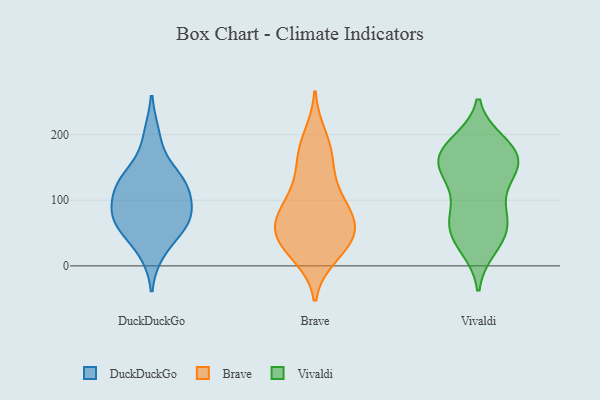
{"axis": {"x": "Bounce Rate (%)", "y": "Value"}, "legend": ["Brave", "DuckDuckGo", "Vivaldi"], "data": [{"x": "", "y": 134, "type": "DuckDuckGo"}, {"x": "", "y": 130, "type": "DuckDuckGo"}, {"x": "", "y": 92, "type": "DuckDuckGo"}, {"x": "", "y": 75, "type": "DuckDuckGo"}, {"x": "", "y": 64, "type": "DuckDuckGo"}, {"x": "", "y": 197, "type": "DuckDuckGo"}, {"x": "", "y": 127, "type": "DuckDuckGo"}, {"x": "", "y": 65, "type": "DuckDuckGo"}, {"x": "", "y": 117, "type": "DuckDuckGo"}, {"x": "", "y": 68, "type": "DuckDuckGo"}, {"x": "", "y": 23, "type": "DuckDuckGo"}, {"x": "", "y": 112, "type": "Brave"}, {"x": "", "y": 32, "type": "Brave"}, {"x": "", "y": 15, "type": "Brave"}, {"x": "", "y": 54, "type": "Brave"}, {"x": "", "y": 119, "type": "Brave"}, {"x": "", "y": 166, "type": "Brave"}, {"x": "", "y": 62, "type": "Brave"}, {"x": "", "y": 46, "type": "Brave"}, {"x": "", "y": 166, "type": "Brave"}, {"x": "", "y": 71, "type": "Brave"}, {"x": "", "y": 85, "type": "Brave"}, {"x": "", "y": 72, "type": "Brave"}, {"x": "", "y": 25, "type": "Brave"}, {"x": "", "y": 198, "type": "Brave"}, {"x": "", "y": 155, "type": "Vivaldi"}, {"x": "", "y": 168, "type": "Vivaldi"}, {"x": "", "y": 187, "type": "Vivaldi"}, {"x": "", "y": 160, "type": "Vivaldi"}, {"x": "", "y": 172, "type": "Vivaldi"}, {"x": "", "y": 78, "type": "Vivaldi"}, {"x": "", "y": 183, "type": "Vivaldi"}, {"x": "", "y": 79, "type": "Vivaldi"}, {"x": "", "y": 41, "type": "Vivaldi"}, {"x": "", "y": 29, "type": "Vivaldi"}, {"x": "", "y": 63, "type": "Vivaldi"}, {"x": "", "y": 172, "type": "Vivaldi"}, {"x": "", "y": 42, "type": "Vivaldi"}, {"x": "", "y": 131, "type": "Vivaldi"}, {"x": "", "y": 71, "type": "Vivaldi"}, {"x": "", "y": 136, "type": "Vivaldi"}, {"x": "", "y": 136, "type": "Vivaldi"}]}